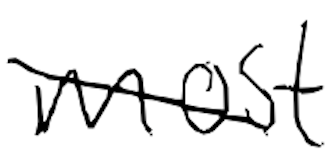
Text: most
Cross-out: diagonal
Writing tool: digital_black